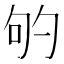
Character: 𭇕